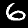
Label: 6